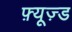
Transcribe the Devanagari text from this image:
फ़्यूज़्ड